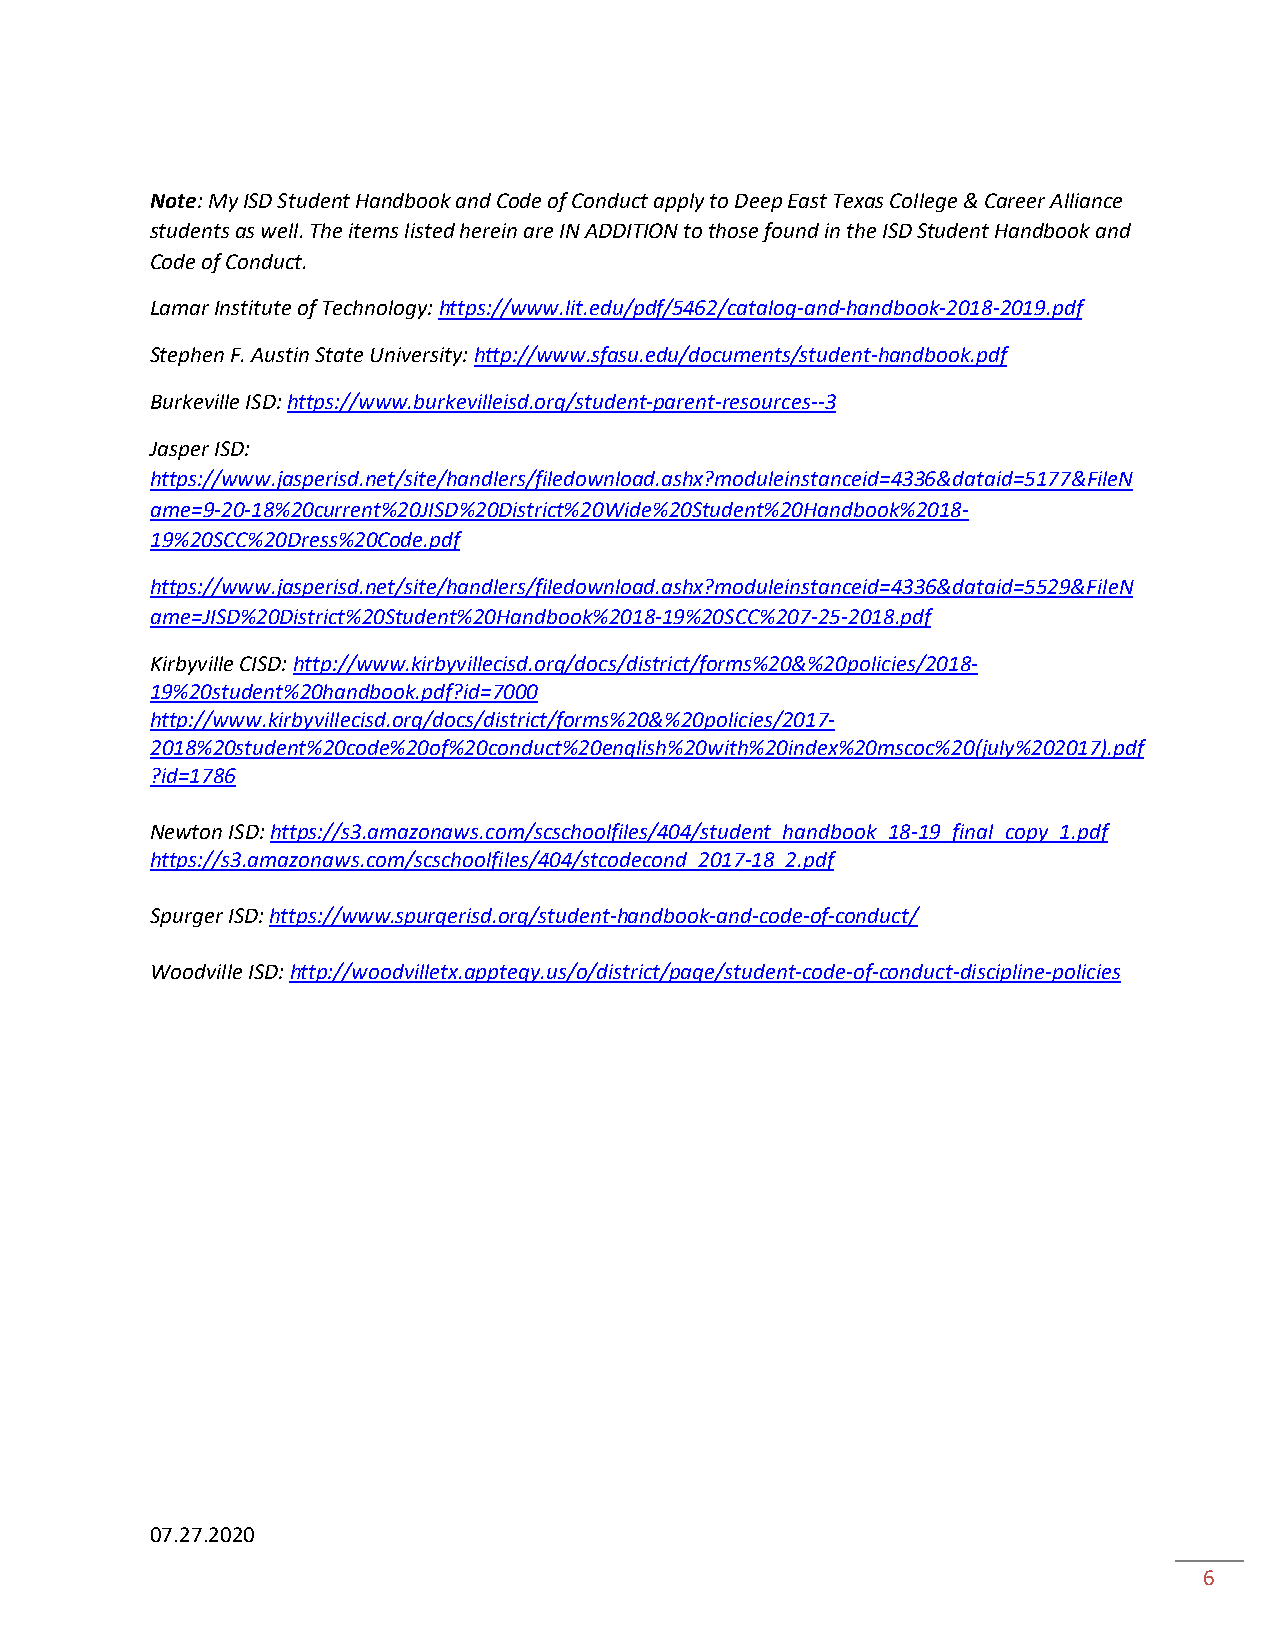
Note: My ISD Student Handbook and Code of Conduct apply to Deep East Texas College & Career Alliance
 students as well. The items listed herein are IN ADDITION to those found in the ISD Student Handbook and
 Code of Conduct.
 Lamar Institute of Technology: https://www.lit.edu/pdf/5462/catalog-and-handbook-2018-2019.pdf
 Stephen F. Austin State University: http://www.sfasu.edu/documents/student-handbook.pdf
 Burkeville ISD: https://www.burkevilleisd.org/student-parent-resources--3
 Jasper ISD:
 https://www.jasperisd.net/site/handlers/filedownload.ashx?moduleinstanceid=4336&dataid=5177&FileN
 ame=9-20-18%20current%20JISD%20District%20Wide%20Student%20Handbook%2018-
 19%20SCC%20Dress%20Code.pdf
 https://www.jasperisd.net/site/handlers/filedownload.ashx?moduleinstanceid=4336&dataid=5529&FileN
 ame=JISD%20District%20Student%20Handbook%2018-19%20SCC%207-25-2018.pdf
 Kirbyville CISD: http://www.kirbyvillecisd.org/docs/district/forms%20&%20policies/2018-
 19%20student%20handbook.pdf?id=7000
 http://www.kirbyvillecisd.org/docs/district/forms%20&%20policies/2017-
 2018%20student%20code%20of%20conduct%20english%20with%20index%20mscoc%20(july%202017).pdf
 ?id=1786
 Newton ISD: https://s3.amazonaws.com/scschoolfiles/404/student_handbook_18-19_final_copy_1.pdf
 https://s3.amazonaws.com/scschoolfiles/404/stcodecond_2017-18_2.pdf
 Spurger ISD: https://www.spurgerisd.org/student-handbook-and-code-of-conduct/
 Woodville ISD: http://woodvilletx.apptegy.us/o/district/page/student-code-of-conduct-discipline-policies
 07.27.2020
 6